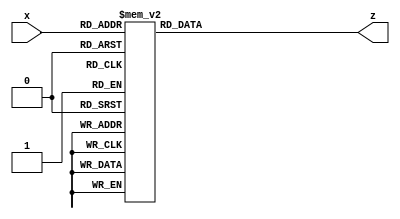
module dpy_decode (
    input wire [3: 0] x,
    output reg [6: 0] z
);

always @(*)
case (x)
    4'b0000 : z = 7'b0111111;
    4'b0001 : z = 7'b0000110;
    4'b0010 : z = 7'b1011011;
    4'b0011 : z = 7'b1001111;
    4'b0100 : z = 7'b1100110;
    4'b0101 : z = 7'b1101101;
    4'b0110 : z = 7'b1111101;
    4'b0111 : z = 7'b0000111;
    4'b1000 : z = 7'b1111111;
    4'b1001 : z = 7'b1101111;
    4'b1010 : z = 7'b1110111;
    4'b1011 : z = 7'b1111100;
    4'b1100 : z = 7'b0111001;
    4'b1101 : z = 7'b1011110;
    4'b1110 : z = 7'b1111001;
    4'b1111 : z = 7'b1110001;
endcase

endmodule


module dpy_scan #(
    parameter SCAN_INTERVAL = 10_000
)(
    input wire clk,
    input wire [31: 0] number,  // 32-bit binary number to display
    input wire [7: 0] dp,       // each bit represents to a dot

    output wire [7: 0] digit,   // output to circuit
    output wire [7: 0] segment  // output to circuit
);

reg [2: 0] scan_digit;
wire [3: 0] scan_number;

// scan current digit
reg [31: 0] counter;
always @(posedge clk) begin
    counter <= counter + 32'b1;
    if (counter == SCAN_INTERVAL) begin
        counter <= 'd0;
        scan_digit <= scan_digit + 'd1;
    end
end

assign scan_number = number[4 * scan_digit +: 4];

// decode scanned number
dpy_decode decode (
    .x (scan_number),
    .z (segment[6:0])
);

assign segment[7] = dp[scan_digit];

// scan digit output
assign digit = 1'b1 << scan_digit;


endmodule